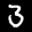
Label: 3